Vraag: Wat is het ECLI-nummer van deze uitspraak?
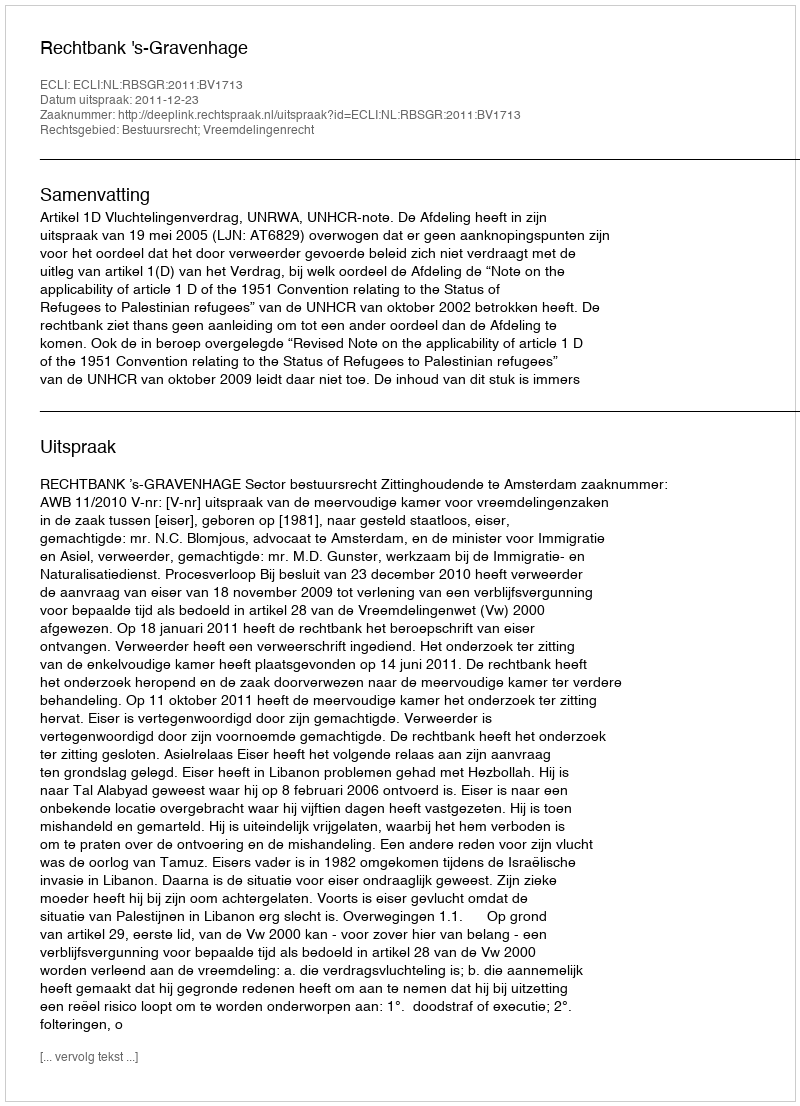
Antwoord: ECLI:NL:RBSGR:2011:BV1713